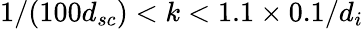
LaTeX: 1/(100d_{sc})<k<1.1\times 0.1/d_{i}